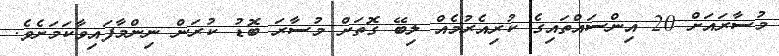
މުސާރައަށް 20 އިންސައްތައިގެ ކުރިއެރުމެއް ލިބޭ ގޮތަށް މުސާރަ ބޮޑު ކުރަން ނިންމާފައިވާކަމަށެވެ.